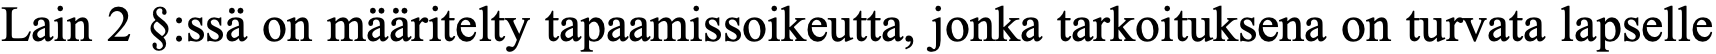
Lain 2 §:ssä on määritelty tapaamissoikeutta, jonka tarkoituksena on turvata lapselle